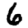
Digit: 6